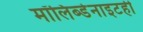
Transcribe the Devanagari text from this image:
मॉलिब्डेनाइटही